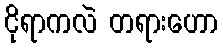
ငိုရာကလဲ တရားဟော